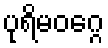
ပုရိမဝဂ္ဂေ